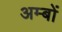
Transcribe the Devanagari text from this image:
अम्बों